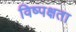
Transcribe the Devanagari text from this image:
विष्पक्षता